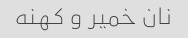
نان خمیر و کهنه